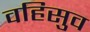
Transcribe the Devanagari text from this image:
वहिसुव